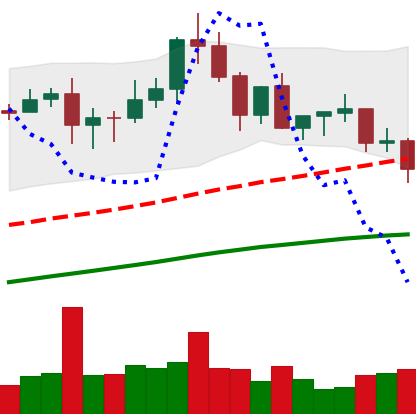
Ticker: XLM-USD
Chart end date: 2020-08-27
Forward return: 5.816%
Label: up_5_7